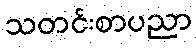
သတင်းစာပညာ